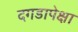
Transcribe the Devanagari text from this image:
दगडापेक्षा